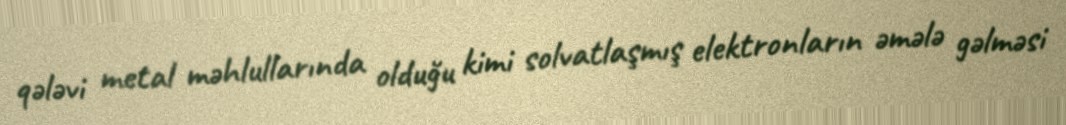
qələvi metal məhlullarında olduğu kimi solvatlaşmış elektronların əmələ gəlməsi